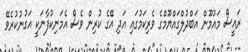
ރައީސް މައުމޫން އަބްދުލްގައްޔޫމްގެ ވެރިކަމުގައި އަދި އޭގެ ކުރިން ވެސް އެމަނިކުފާނަަކީ އަގުނުކުރެވޭ